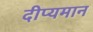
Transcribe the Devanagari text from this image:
दीप्यमान